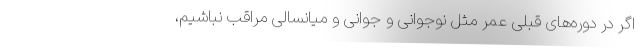
اگر در دوره‌های قبلی عمر مثل نوجوانی و جوانی و میانسالی مراقب نباشیم،